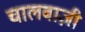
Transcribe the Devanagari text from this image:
चालबाज़ी